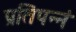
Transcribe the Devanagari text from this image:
प्रतिपन्नं